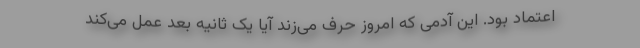
اعتماد بود. این آدمی که امروز حرف می‌زند آیا یک ثانیه بعد عمل می‌کند